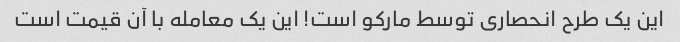
این یک طرح انحصاری توسط مارکو است! این یک معامله با آن قیمت است